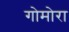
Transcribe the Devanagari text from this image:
गोमोरा